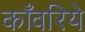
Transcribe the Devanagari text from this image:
काँवरिये